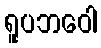
ရူပဘဝေါ